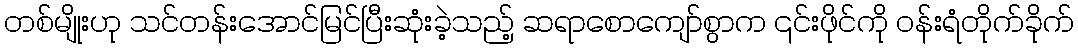
တစ်မျိုးဟု သင်တန်းအောင်မြင်ပြီးဆုံးခဲ့သည့် ဆရာစောကျော်စွာက ၎င်းဖိုင်ကို ဝန်းရံတိုက်ခိုက်